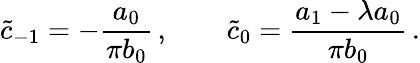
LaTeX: \tilde{c}_{-1}=-{\frac{a_{0}}{\pi b_{0}}}\, ,\qquad\tilde{c}_{0}={\frac{a_{1}-\lambda a_{0}}{\pi b_{0}}}\, .